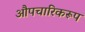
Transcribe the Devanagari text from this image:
औपचारिकरूप